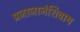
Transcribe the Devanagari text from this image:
प्रजाजानंशिवाय